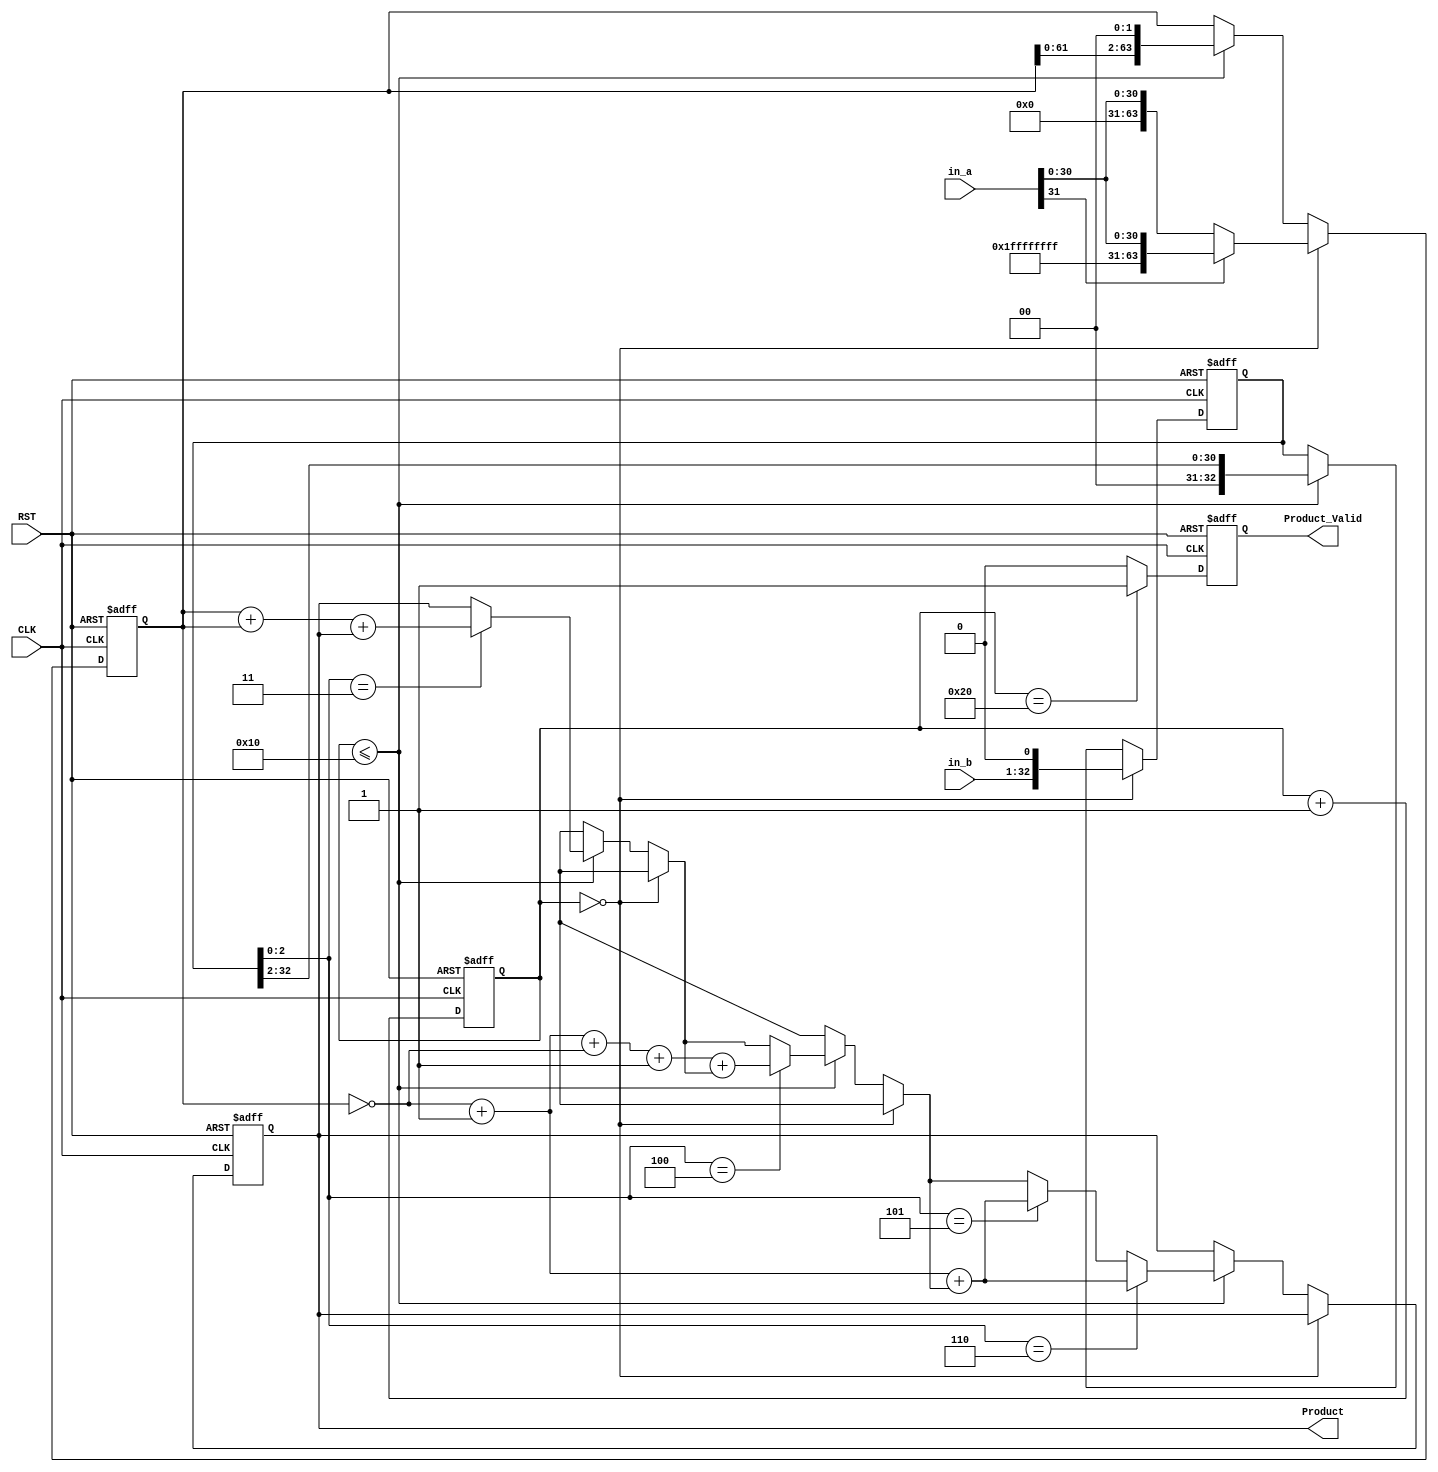
`timescale 1ns/1ps
module lab(CLK, RST, in_a, in_b, Product, Product_Valid);
input CLK, RST;
input [31:0]	in_a;	// Multiplicand
input [31:0]	in_b;// Multiplier
output reg [63:0] Product;
output reg Product_Valid;

reg [63:0] Mplicand;
reg [32:0] Mplier;
reg [6:0]	Counter ;
reg	sign;

//Counter
always @(posedge CLK or posedge RST)
begin
	if(RST)
		Counter <=6'b0;
	else
		Counter <= Counter +6'b1;
end

//Multiplier
always @(posedge CLK or posedge RST)
begin
	//
	if(RST) begin
		Product  <= 64'b0;
		Mplicand <= 64'b0;
		Mplier   <= 33'b0;	
	end 
	
	//
	else if(Counter == 6'd0) begin
		if(in_a[31]==0)
		Mplicand={32'b0,in_a};
		else
		Mplicand={32'hffffffff,in_a};
		
		Mplier <= {in_b,1'b0};
	end 
	
	//
	/* write down your design below */
	else if(Counter <=6'd16) 
	begin
		if(Mplier[2:0]==3'b001)	
		Product <= Mplicand+ Product;
		if(Mplier[2:0]==3'b010)	
		Product <= Mplicand+ Product;
		
		if(Mplier[2:0]==3'b011)	
		Product = Mplicand+ Mplicand+Product;
		if(Mplier[2:0]==3'b100)	
		Product = ~Mplicand+1'b1+~Mplicand+1'b1+Product;
		if(Mplier[2:0]==3'b101)	
		Product <= ~Mplicand+1'b1+Product;
		if(Mplier[2:0]==3'b110)	
		Product <= ~Mplicand+1'b1+Product;
		
		
		Mplicand <= Mplicand << 2'b10;
		Mplier <= Mplier >> 2'b10;
	end 
	/* write down your design upon */
end

//
always @(posedge CLK or posedge RST)
begin
	if(RST)
		Product_Valid <=1'b0;
	else if(Counter==6'd32)
		Product_Valid <=1'b1;
	else
		Product_Valid <=1'b0;
end

endmodule